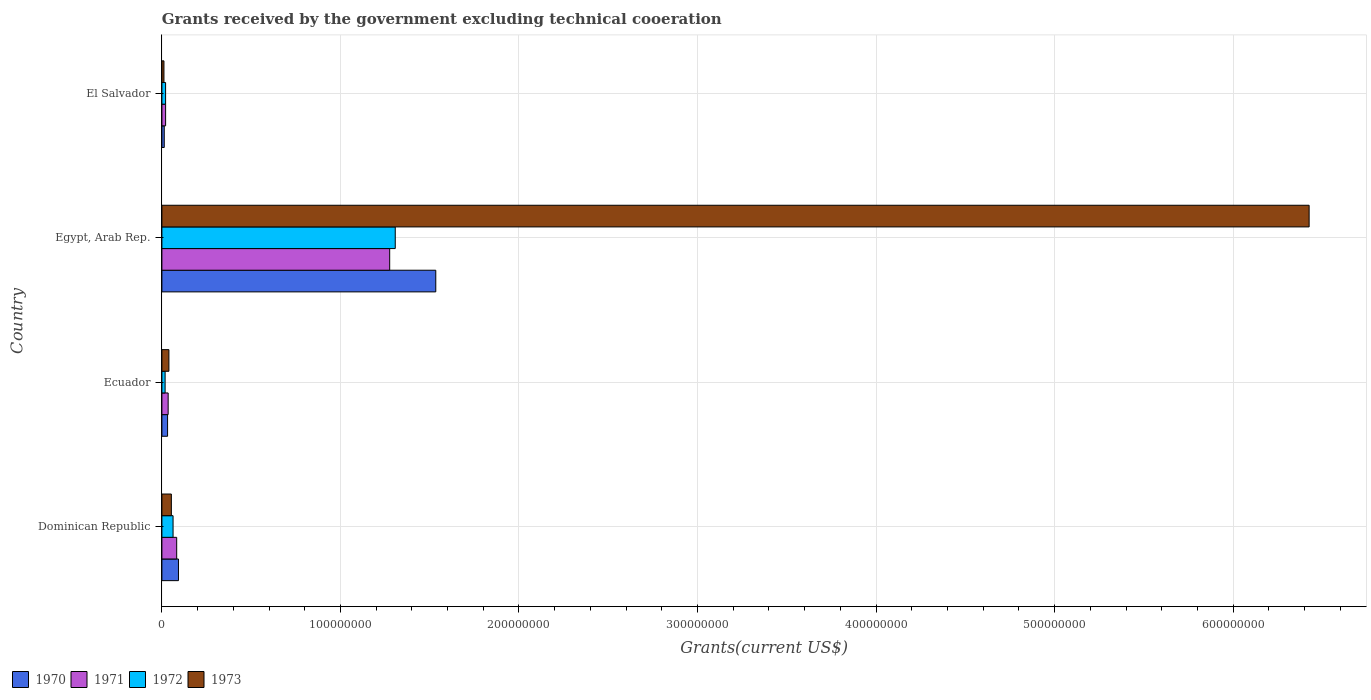
| Country | 1970 | 1971 | 1972 | 1973 |
 | --- | --- | --- | --- | --- |
 | Dominican Republic | 9.28e+06 | 8.28e+06 | 6.25e+06 | 5.3e+06 |
 | Ecuador | 3.18e+06 | 3.5e+06 | 1.8e+06 | 3.92e+06 |
 | Egypt, Arab Rep. | 1.53e+08 | 1.28e+08 | 1.31e+08 | 6.43e+08 |
 | El Salvador | 1.32e+06 | 2.08e+06 | 2.07e+06 | 1.15e+06 |